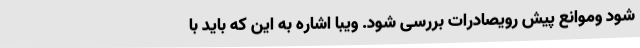
شود وموانع پیش رویصادرات بررسی شود. ویبا اشاره به این که باید با